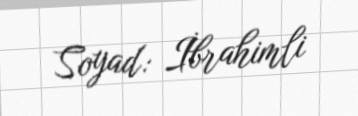
Soyad: İbrahimli